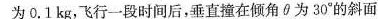
为0.1kg，飞行一段时间后，垂直装在倾角θ为30°的斜面